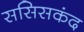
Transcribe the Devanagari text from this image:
ससिसकंद